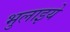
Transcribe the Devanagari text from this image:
भुलाइये